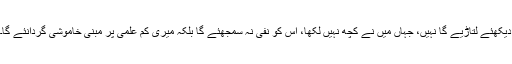
دیکھئے لتاڑیے گا نہیں، جہاں میں نے کچھ نہیں لکھا، اُس کو نفی نہ سمجھئے گا بلکہ میری کم علمی پر مبنی خاموشی گردانئے گا۔